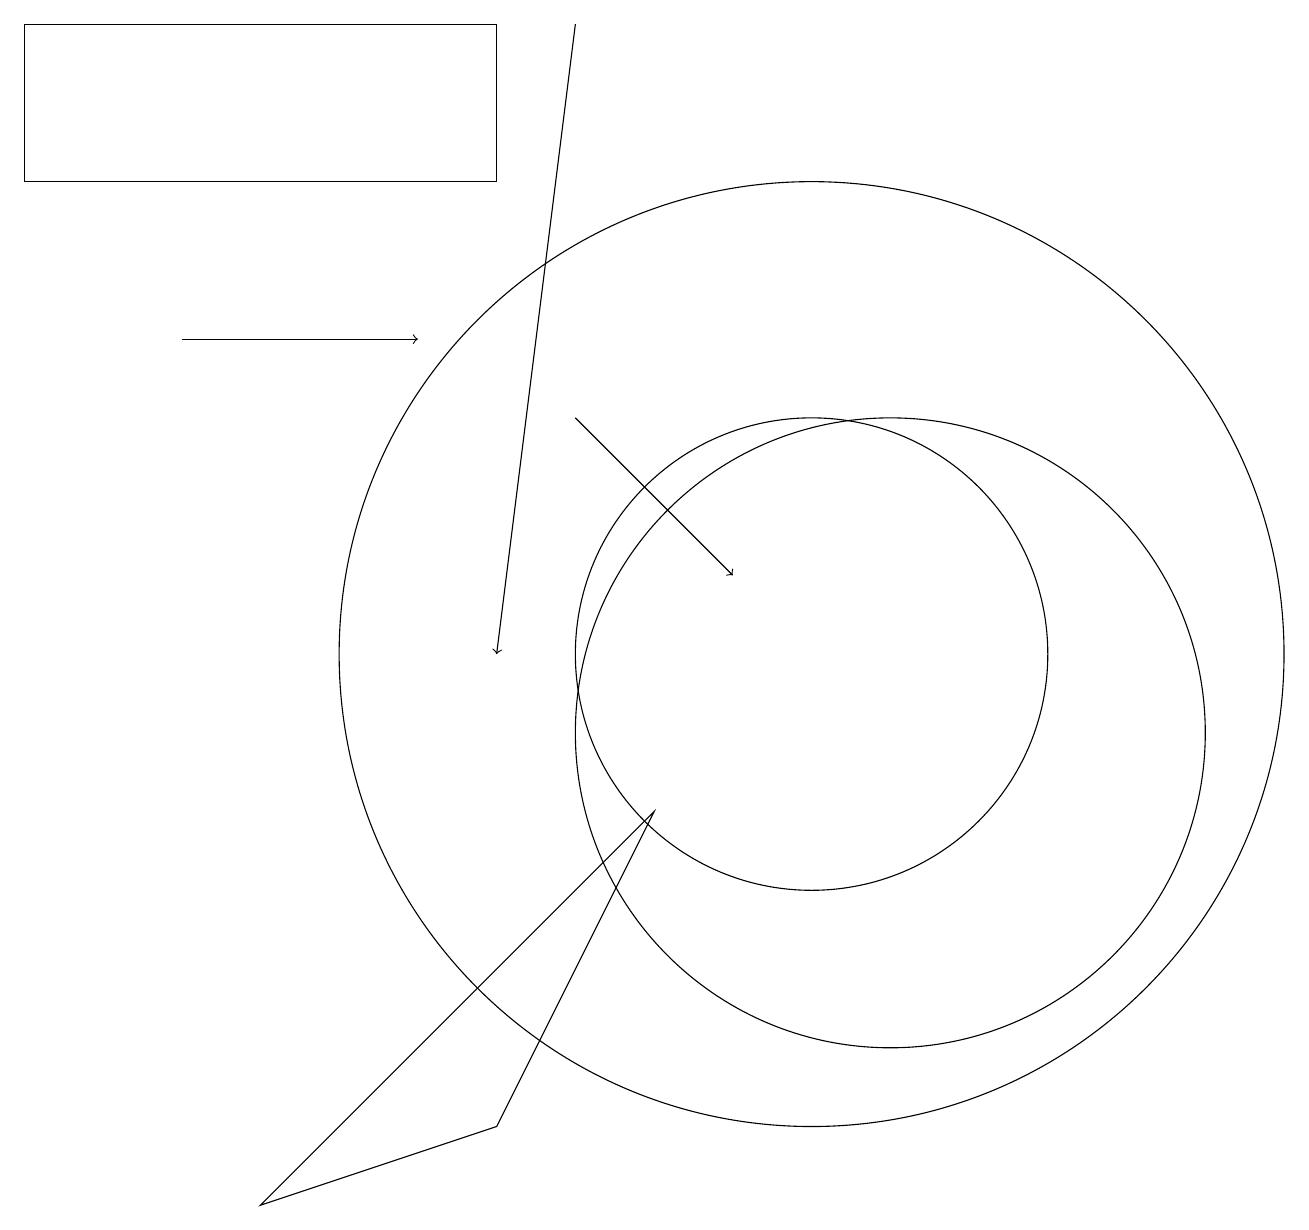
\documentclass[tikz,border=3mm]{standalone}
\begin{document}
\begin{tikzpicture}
\draw (11,10) circle (4);
\draw (8,9) -- (3,4) -- (6,5) -- cycle;
\draw[->] (7,19) -- (6,11);
\draw (10,11) circle (3);
\draw[->] (7,14) -- (9,12);
\draw (0,19) rectangle (6,17);
\draw (10,11) circle (6);
\draw[->] (2,15) -- (5,15);
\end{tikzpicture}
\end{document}